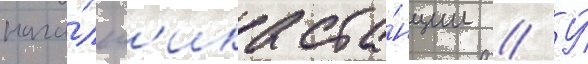
нача́льн'ика ста́нции // У́